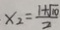
x _ { 2 } = \frac { 1 + \sqrt { 1 0 } } { 2 }